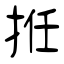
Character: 拰